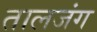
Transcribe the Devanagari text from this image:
तालजंग